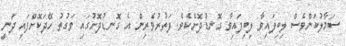
ސަމާލުކަންވެސް ލިބިފައިވާ ލިބިފައިވާ ގޮނޑުދޮށެކެވެ. ފަތުރުވެރިން އެ ގޮނޑުދޮށުގައި ވަގުތު ހޭދަކޮށްފައި ދަނީ